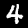
Digit: 4